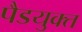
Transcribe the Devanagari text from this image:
पैडयुक्त